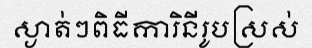
ស្ងាត់ៗពិធីការិនីរូបស្រស់